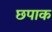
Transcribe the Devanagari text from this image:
छपाक